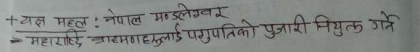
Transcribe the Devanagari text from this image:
+ यक्ष मल्ल: नेपाल मण्डलले
-> महामही ब्राह्मणहरुलाई पशुपतिको पुजारी नियुक्त गते